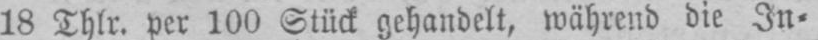
18 Thlr. per 100 Stück gehandelt, während die In⸗